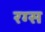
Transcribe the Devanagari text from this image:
रग्स